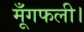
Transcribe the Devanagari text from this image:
मूँगफली।